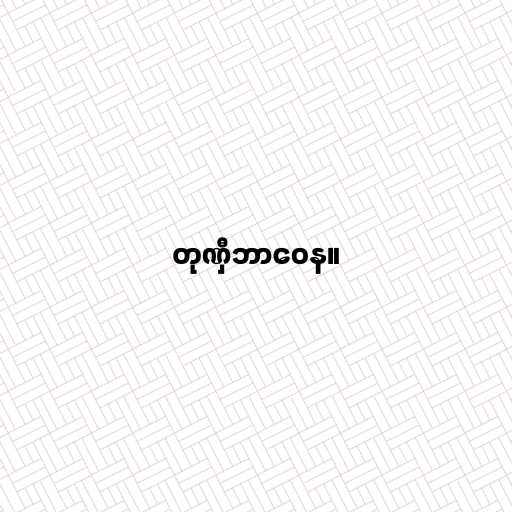
တုဏှီဘာဝေန။